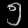
Digit: ၅